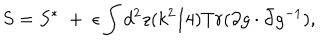
LaTeX: S = S ^ { * } \; + \; \epsilon \int d ^ { 2 } z ( k ^ { 2 } / 4 ) T r ( \partial g \cdot \bar { \partial } g ^ { - 1 } ) ,